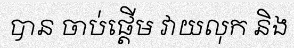
បាន ចាប់ផ្តើម វាយលុក និង